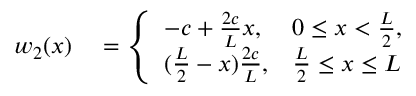
\begin{array} { r l } { w _ { 2 } ( x ) } & { { } = \left\{ \begin{array} { l l } { - c + \frac { 2 c } { L } x , } & { 0 \leq x < \frac { L } { 2 } , } \\ { ( \frac { L } { 2 } - x ) \frac { 2 c } { L } , } & { \frac { L } { 2 } \leq x \leq L } \end{array} \right. } \end{array}